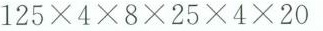
$$125×4×8×25×4×20$$